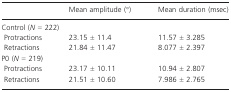
<table><thead><tr><td></td><td><b>Mean amplitude (°)</b></td><td><b>Mean duration (msec)</b></td></tr></thead><tbody><tr><td colspan="3">Control (<i>N</i> = 222)</td></tr><tr><td> Protractions</td><td>23.15 ± 11.4</td><td>11.57 ± 3.285</td></tr><tr><td> Retractions</td><td>21.84 ± 11.47</td><td>8.077 ± 2.397</td></tr><tr><td colspan="3">P0 (<i>N</i> = 219)</td></tr><tr><td> Protractions</td><td>23.17 ± 10.11</td><td>10.94 ± 2.807</td></tr><tr><td> Retractions</td><td>21.51 ± 10.60</td><td>7.986 ± 2.765</td></tr></tbody></table>